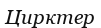
Цирктер